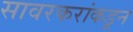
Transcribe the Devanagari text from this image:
सावरकरांकडून